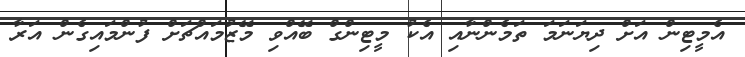
އެމީޓިން އަށް ދިޔަނަމަ ތަމެންނާއި އެކު މީޓިންގް ބޭއްވި މޭޒުމައްޗަށް ފުންމައިގެން އަރާ